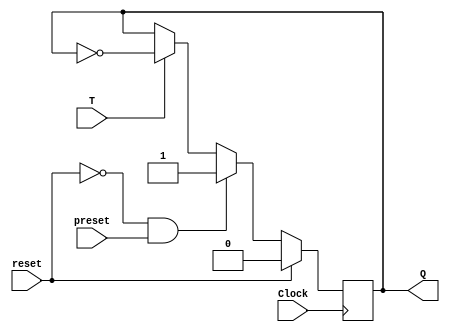
module FlipFlopT(
    input preset,
    input reset,
    input T,
    input Clock,
    output reg Q
);

    always @(posedge Clock) begin
        if (reset) begin
            Q <= 0;
        end
        else if(!reset && preset) begin
            Q <= 1;
        end
        else begin
            if (T) begin
                Q <= ~Q;
            end
        end
    end

endmodule